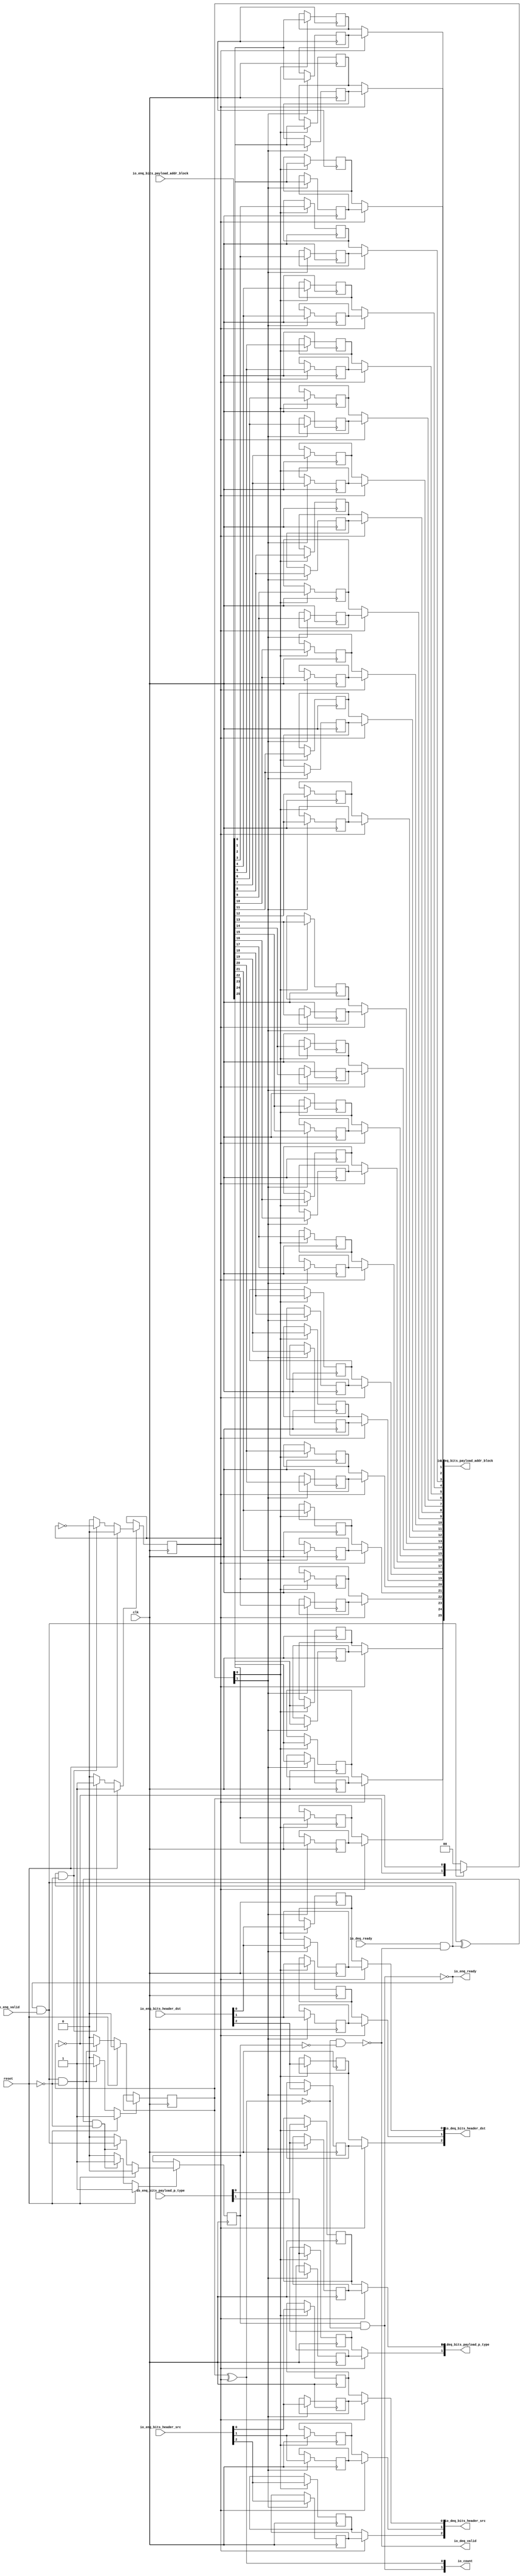
module Queue_13
(
  clk,
  reset,
  io_enq_ready,
  io_enq_valid,
  io_enq_bits_header_src,
  io_enq_bits_header_dst,
  io_enq_bits_payload_addr_block,
  io_enq_bits_payload_p_type,
  io_deq_ready,
  io_deq_valid,
  io_deq_bits_header_src,
  io_deq_bits_header_dst,
  io_deq_bits_payload_addr_block,
  io_deq_bits_payload_p_type,
  io_count
);

  input [2:0] io_enq_bits_header_src;
  input [2:0] io_enq_bits_header_dst;
  input [25:0] io_enq_bits_payload_addr_block;
  input [1:0] io_enq_bits_payload_p_type;
  output [2:0] io_deq_bits_header_src;
  output [2:0] io_deq_bits_header_dst;
  output [25:0] io_deq_bits_payload_addr_block;
  output [1:0] io_deq_bits_payload_p_type;
  output [1:0] io_count;
  input clk;
  input reset;
  input io_enq_valid;
  input io_deq_ready;
  output io_enq_ready;
  output io_deq_valid;
  wire [2:0] io_deq_bits_header_src,io_deq_bits_header_dst;
  wire [25:0] io_deq_bits_payload_addr_block;
  wire [1:0] io_deq_bits_payload_p_type,io_count;
  wire io_enq_ready,io_deq_valid,N0,N1,N2,N3,N4,do_deq,T3,do_enq,T6,ptr_match,T9,N5,
  empty,T21,full,N6,N7,N8,N9,N10,N11,N12,N13,N14,N15,N16,N17,N18,N19,N21,N22,N23,N24,
  N25,N26;
  reg R1,N20,maybe_full;
  reg [67:0] ram;
  assign N0 = N20 ^ R1;
  assign ptr_match = ~N0;
  assign T9 = do_enq ^ do_deq;
  assign io_deq_bits_header_src[2] = (N5)? ram[33] : 
                                     (N1)? ram[67] : 1'b0;
  assign N1 = R1;
  assign io_deq_bits_header_src[1] = (N5)? ram[32] : 
                                     (N1)? ram[66] : 1'b0;
  assign io_deq_bits_header_src[0] = (N5)? ram[31] : 
                                     (N1)? ram[65] : 1'b0;
  assign io_deq_bits_header_dst[2] = (N5)? ram[30] : 
                                     (N1)? ram[64] : 1'b0;
  assign io_deq_bits_header_dst[1] = (N5)? ram[29] : 
                                     (N1)? ram[63] : 1'b0;
  assign io_deq_bits_header_dst[0] = (N5)? ram[28] : 
                                     (N1)? ram[62] : 1'b0;
  assign io_deq_bits_payload_addr_block[25] = (N5)? ram[27] : 
                                              (N1)? ram[61] : 1'b0;
  assign io_deq_bits_payload_addr_block[24] = (N5)? ram[26] : 
                                              (N1)? ram[60] : 1'b0;
  assign io_deq_bits_payload_addr_block[23] = (N5)? ram[25] : 
                                              (N1)? ram[59] : 1'b0;
  assign io_deq_bits_payload_addr_block[22] = (N5)? ram[24] : 
                                              (N1)? ram[58] : 1'b0;
  assign io_deq_bits_payload_addr_block[21] = (N5)? ram[23] : 
                                              (N1)? ram[57] : 1'b0;
  assign io_deq_bits_payload_addr_block[20] = (N5)? ram[22] : 
                                              (N1)? ram[56] : 1'b0;
  assign io_deq_bits_payload_addr_block[19] = (N5)? ram[21] : 
                                              (N1)? ram[55] : 1'b0;
  assign io_deq_bits_payload_addr_block[18] = (N5)? ram[20] : 
                                              (N1)? ram[54] : 1'b0;
  assign io_deq_bits_payload_addr_block[17] = (N5)? ram[19] : 
                                              (N1)? ram[53] : 1'b0;
  assign io_deq_bits_payload_addr_block[16] = (N5)? ram[18] : 
                                              (N1)? ram[52] : 1'b0;
  assign io_deq_bits_payload_addr_block[15] = (N5)? ram[17] : 
                                              (N1)? ram[51] : 1'b0;
  assign io_deq_bits_payload_addr_block[14] = (N5)? ram[16] : 
                                              (N1)? ram[50] : 1'b0;
  assign io_deq_bits_payload_addr_block[13] = (N5)? ram[15] : 
                                              (N1)? ram[49] : 1'b0;
  assign io_deq_bits_payload_addr_block[12] = (N5)? ram[14] : 
                                              (N1)? ram[48] : 1'b0;
  assign io_deq_bits_payload_addr_block[11] = (N5)? ram[13] : 
                                              (N1)? ram[47] : 1'b0;
  assign io_deq_bits_payload_addr_block[10] = (N5)? ram[12] : 
                                              (N1)? ram[46] : 1'b0;
  assign io_deq_bits_payload_addr_block[9] = (N5)? ram[11] : 
                                             (N1)? ram[45] : 1'b0;
  assign io_deq_bits_payload_addr_block[8] = (N5)? ram[10] : 
                                             (N1)? ram[44] : 1'b0;
  assign io_deq_bits_payload_addr_block[7] = (N5)? ram[9] : 
                                             (N1)? ram[43] : 1'b0;
  assign io_deq_bits_payload_addr_block[6] = (N5)? ram[8] : 
                                             (N1)? ram[42] : 1'b0;
  assign io_deq_bits_payload_addr_block[5] = (N5)? ram[7] : 
                                             (N1)? ram[41] : 1'b0;
  assign io_deq_bits_payload_addr_block[4] = (N5)? ram[6] : 
                                             (N1)? ram[40] : 1'b0;
  assign io_deq_bits_payload_addr_block[3] = (N5)? ram[5] : 
                                             (N1)? ram[39] : 1'b0;
  assign io_deq_bits_payload_addr_block[2] = (N5)? ram[4] : 
                                             (N1)? ram[38] : 1'b0;
  assign io_deq_bits_payload_addr_block[1] = (N5)? ram[3] : 
                                             (N1)? ram[37] : 1'b0;
  assign io_deq_bits_payload_addr_block[0] = (N5)? ram[2] : 
                                             (N1)? ram[36] : 1'b0;
  assign io_deq_bits_payload_p_type[1] = (N5)? ram[1] : 
                                         (N1)? ram[35] : 1'b0;
  assign io_deq_bits_payload_p_type[0] = (N5)? ram[0] : 
                                         (N1)? ram[34] : 1'b0;

  always @(posedge clk) begin
    if(N8) begin
      R1 <= N9;
    end 
  end


  always @(posedge clk) begin
    if(N12) begin
      N20 <= N13;
    end 
  end


  always @(posedge clk) begin
    if(N16) begin
      maybe_full <= N17;
    end 
  end


  always @(posedge clk) begin
    if(N22) begin
      ram[67] <= io_enq_bits_header_src[2];
    end 
  end


  always @(posedge clk) begin
    if(N22) begin
      ram[66] <= io_enq_bits_header_src[1];
    end 
  end


  always @(posedge clk) begin
    if(N22) begin
      ram[65] <= io_enq_bits_header_src[0];
    end 
  end


  always @(posedge clk) begin
    if(N22) begin
      ram[64] <= io_enq_bits_header_dst[2];
    end 
  end


  always @(posedge clk) begin
    if(N22) begin
      ram[63] <= io_enq_bits_header_dst[1];
    end 
  end


  always @(posedge clk) begin
    if(N22) begin
      ram[62] <= io_enq_bits_header_dst[0];
    end 
  end


  always @(posedge clk) begin
    if(N22) begin
      ram[61] <= io_enq_bits_payload_addr_block[25];
    end 
  end


  always @(posedge clk) begin
    if(N22) begin
      ram[60] <= io_enq_bits_payload_addr_block[24];
    end 
  end


  always @(posedge clk) begin
    if(N22) begin
      ram[59] <= io_enq_bits_payload_addr_block[23];
    end 
  end


  always @(posedge clk) begin
    if(N22) begin
      ram[58] <= io_enq_bits_payload_addr_block[22];
    end 
  end


  always @(posedge clk) begin
    if(N22) begin
      ram[57] <= io_enq_bits_payload_addr_block[21];
    end 
  end


  always @(posedge clk) begin
    if(N22) begin
      ram[56] <= io_enq_bits_payload_addr_block[20];
    end 
  end


  always @(posedge clk) begin
    if(N22) begin
      ram[55] <= io_enq_bits_payload_addr_block[19];
    end 
  end


  always @(posedge clk) begin
    if(N22) begin
      ram[54] <= io_enq_bits_payload_addr_block[18];
    end 
  end


  always @(posedge clk) begin
    if(N22) begin
      ram[53] <= io_enq_bits_payload_addr_block[17];
    end 
  end


  always @(posedge clk) begin
    if(N22) begin
      ram[52] <= io_enq_bits_payload_addr_block[16];
    end 
  end


  always @(posedge clk) begin
    if(N22) begin
      ram[51] <= io_enq_bits_payload_addr_block[15];
    end 
  end


  always @(posedge clk) begin
    if(N22) begin
      ram[50] <= io_enq_bits_payload_addr_block[14];
    end 
  end


  always @(posedge clk) begin
    if(N22) begin
      ram[49] <= io_enq_bits_payload_addr_block[13];
    end 
  end


  always @(posedge clk) begin
    if(N22) begin
      ram[48] <= io_enq_bits_payload_addr_block[12];
    end 
  end


  always @(posedge clk) begin
    if(N22) begin
      ram[47] <= io_enq_bits_payload_addr_block[11];
    end 
  end


  always @(posedge clk) begin
    if(N22) begin
      ram[46] <= io_enq_bits_payload_addr_block[10];
    end 
  end


  always @(posedge clk) begin
    if(N22) begin
      ram[45] <= io_enq_bits_payload_addr_block[9];
    end 
  end


  always @(posedge clk) begin
    if(N22) begin
      ram[44] <= io_enq_bits_payload_addr_block[8];
    end 
  end


  always @(posedge clk) begin
    if(N22) begin
      ram[43] <= io_enq_bits_payload_addr_block[7];
    end 
  end


  always @(posedge clk) begin
    if(N22) begin
      ram[42] <= io_enq_bits_payload_addr_block[6];
    end 
  end


  always @(posedge clk) begin
    if(N22) begin
      ram[41] <= io_enq_bits_payload_addr_block[5];
    end 
  end


  always @(posedge clk) begin
    if(N22) begin
      ram[40] <= io_enq_bits_payload_addr_block[4];
    end 
  end


  always @(posedge clk) begin
    if(N22) begin
      ram[39] <= io_enq_bits_payload_addr_block[3];
    end 
  end


  always @(posedge clk) begin
    if(N22) begin
      ram[38] <= io_enq_bits_payload_addr_block[2];
    end 
  end


  always @(posedge clk) begin
    if(N22) begin
      ram[37] <= io_enq_bits_payload_addr_block[1];
    end 
  end


  always @(posedge clk) begin
    if(N22) begin
      ram[36] <= io_enq_bits_payload_addr_block[0];
    end 
  end


  always @(posedge clk) begin
    if(N22) begin
      ram[35] <= io_enq_bits_payload_p_type[1];
    end 
  end


  always @(posedge clk) begin
    if(N22) begin
      ram[34] <= io_enq_bits_payload_p_type[0];
    end 
  end


  always @(posedge clk) begin
    if(N21) begin
      ram[33] <= io_enq_bits_header_src[2];
    end 
  end


  always @(posedge clk) begin
    if(N21) begin
      ram[32] <= io_enq_bits_header_src[1];
    end 
  end


  always @(posedge clk) begin
    if(N21) begin
      ram[31] <= io_enq_bits_header_src[0];
    end 
  end


  always @(posedge clk) begin
    if(N21) begin
      ram[30] <= io_enq_bits_header_dst[2];
    end 
  end


  always @(posedge clk) begin
    if(N21) begin
      ram[29] <= io_enq_bits_header_dst[1];
    end 
  end


  always @(posedge clk) begin
    if(N21) begin
      ram[28] <= io_enq_bits_header_dst[0];
    end 
  end


  always @(posedge clk) begin
    if(N21) begin
      ram[27] <= io_enq_bits_payload_addr_block[25];
    end 
  end


  always @(posedge clk) begin
    if(N21) begin
      ram[26] <= io_enq_bits_payload_addr_block[24];
    end 
  end


  always @(posedge clk) begin
    if(N21) begin
      ram[25] <= io_enq_bits_payload_addr_block[23];
    end 
  end


  always @(posedge clk) begin
    if(N21) begin
      ram[24] <= io_enq_bits_payload_addr_block[22];
    end 
  end


  always @(posedge clk) begin
    if(N21) begin
      ram[23] <= io_enq_bits_payload_addr_block[21];
    end 
  end


  always @(posedge clk) begin
    if(N21) begin
      ram[22] <= io_enq_bits_payload_addr_block[20];
    end 
  end


  always @(posedge clk) begin
    if(N21) begin
      ram[21] <= io_enq_bits_payload_addr_block[19];
    end 
  end


  always @(posedge clk) begin
    if(N21) begin
      ram[20] <= io_enq_bits_payload_addr_block[18];
    end 
  end


  always @(posedge clk) begin
    if(N21) begin
      ram[19] <= io_enq_bits_payload_addr_block[17];
    end 
  end


  always @(posedge clk) begin
    if(N21) begin
      ram[18] <= io_enq_bits_payload_addr_block[16];
    end 
  end


  always @(posedge clk) begin
    if(N21) begin
      ram[17] <= io_enq_bits_payload_addr_block[15];
    end 
  end


  always @(posedge clk) begin
    if(N21) begin
      ram[16] <= io_enq_bits_payload_addr_block[14];
    end 
  end


  always @(posedge clk) begin
    if(N21) begin
      ram[15] <= io_enq_bits_payload_addr_block[13];
    end 
  end


  always @(posedge clk) begin
    if(N21) begin
      ram[14] <= io_enq_bits_payload_addr_block[12];
    end 
  end


  always @(posedge clk) begin
    if(N21) begin
      ram[13] <= io_enq_bits_payload_addr_block[11];
    end 
  end


  always @(posedge clk) begin
    if(N21) begin
      ram[12] <= io_enq_bits_payload_addr_block[10];
    end 
  end


  always @(posedge clk) begin
    if(N21) begin
      ram[11] <= io_enq_bits_payload_addr_block[9];
    end 
  end


  always @(posedge clk) begin
    if(N21) begin
      ram[10] <= io_enq_bits_payload_addr_block[8];
    end 
  end


  always @(posedge clk) begin
    if(N21) begin
      ram[9] <= io_enq_bits_payload_addr_block[7];
    end 
  end


  always @(posedge clk) begin
    if(N21) begin
      ram[8] <= io_enq_bits_payload_addr_block[6];
    end 
  end


  always @(posedge clk) begin
    if(N21) begin
      ram[7] <= io_enq_bits_payload_addr_block[5];
    end 
  end


  always @(posedge clk) begin
    if(N21) begin
      ram[6] <= io_enq_bits_payload_addr_block[4];
    end 
  end


  always @(posedge clk) begin
    if(N21) begin
      ram[5] <= io_enq_bits_payload_addr_block[3];
    end 
  end


  always @(posedge clk) begin
    if(N21) begin
      ram[4] <= io_enq_bits_payload_addr_block[2];
    end 
  end


  always @(posedge clk) begin
    if(N21) begin
      ram[3] <= io_enq_bits_payload_addr_block[1];
    end 
  end


  always @(posedge clk) begin
    if(N21) begin
      ram[2] <= io_enq_bits_payload_addr_block[0];
    end 
  end


  always @(posedge clk) begin
    if(N21) begin
      ram[1] <= io_enq_bits_payload_p_type[1];
    end 
  end


  always @(posedge clk) begin
    if(N21) begin
      ram[0] <= io_enq_bits_payload_p_type[0];
    end 
  end

  assign io_count[0] = N20 ^ R1;
  assign T3 = R1 ^ 1'b1;
  assign T6 = N20 ^ 1'b1;
  assign N19 = ~N20;
  assign N8 = (N2)? 1'b1 : 
              (N24)? 1'b1 : 
              (N7)? 1'b0 : 1'b0;
  assign N2 = reset;
  assign N9 = (N2)? 1'b0 : 
              (N24)? T3 : 1'b0;
  assign N12 = (N2)? 1'b1 : 
               (N25)? 1'b1 : 
               (N11)? 1'b0 : 1'b0;
  assign N13 = (N2)? 1'b0 : 
               (N25)? T6 : 1'b0;
  assign N16 = (N2)? 1'b1 : 
               (N26)? 1'b1 : 
               (N15)? 1'b0 : 1'b0;
  assign N17 = (N2)? 1'b0 : 
               (N26)? do_enq : 1'b0;
  assign { N22, N21 } = (N3)? { N20, N19 } : 
                        (N4)? { 1'b0, 1'b0 } : 1'b0;
  assign N3 = do_enq;
  assign N4 = N18;
  assign do_deq = io_deq_ready & io_deq_valid;
  assign do_enq = io_enq_ready & io_enq_valid;
  assign io_count[1] = maybe_full & ptr_match;
  assign N5 = ~R1;
  assign io_deq_valid = ~empty;
  assign empty = ptr_match & T21;
  assign T21 = ~maybe_full;
  assign io_enq_ready = ~full;
  assign full = ptr_match & maybe_full;
  assign N6 = do_deq | reset;
  assign N7 = ~N6;
  assign N10 = do_enq | reset;
  assign N11 = ~N10;
  assign N14 = T9 | reset;
  assign N15 = ~N14;
  assign N18 = ~do_enq;
  assign N23 = ~reset;
  assign N24 = do_deq & N23;
  assign N25 = do_enq & N23;
  assign N26 = T9 & N23;

endmodule